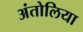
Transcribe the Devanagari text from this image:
अंतोलिया